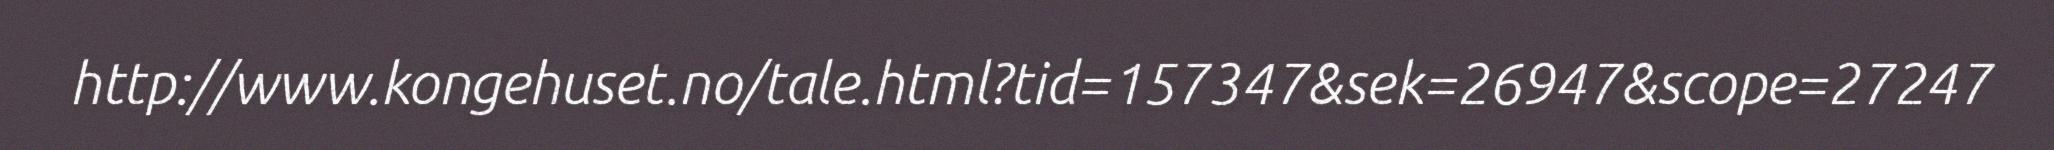
http://www.kongehuset.no/tale.html?tid=157347&sek=26947&scope=27247